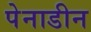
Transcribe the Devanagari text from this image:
पेनाडीन